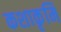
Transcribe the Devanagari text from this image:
कशाकृमि